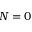
N = 0